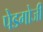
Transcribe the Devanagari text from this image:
पेडगोजी